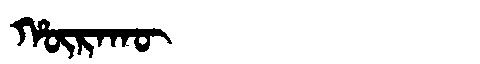
Manchu: ᡥᡡᡵᠠᡴᡡ
Romanization: HŪRAKŪ